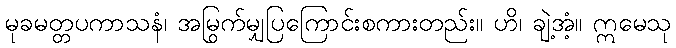
မုခမတ္တပကာသနံ၊ အမြွက်မျှပြကြောင်းစကားတည်း။ ဟိ၊ ချဲ့အံ့။ ဣမေသု